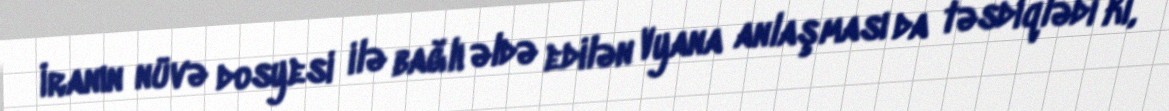
İranın nüvə dosyesi ilə bağlı əldə edilən Vyana anlaşması da təsdiqlədi ki,